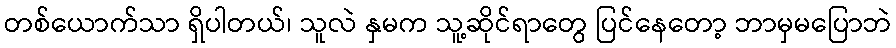
တစ်ယောက်သာ ရှိပါတယ်၊ သူလဲ နှမက သူ့ဆိုင်ရာတွေ ပြင်နေတော့ ဘာမှမပြောဘဲ